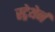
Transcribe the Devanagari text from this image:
स्ट्रेथेर्न